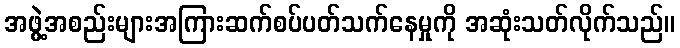
အဖွဲ့အစည်းများအကြားဆက်စပ်ပတ်သက်နေမှုကို အဆုံးသတ်လိုက်သည်။